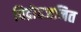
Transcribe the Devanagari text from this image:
विद्रोहजनित